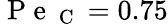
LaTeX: \mathrm{~P~e~}_{\mathrm{~C~}}=0.75